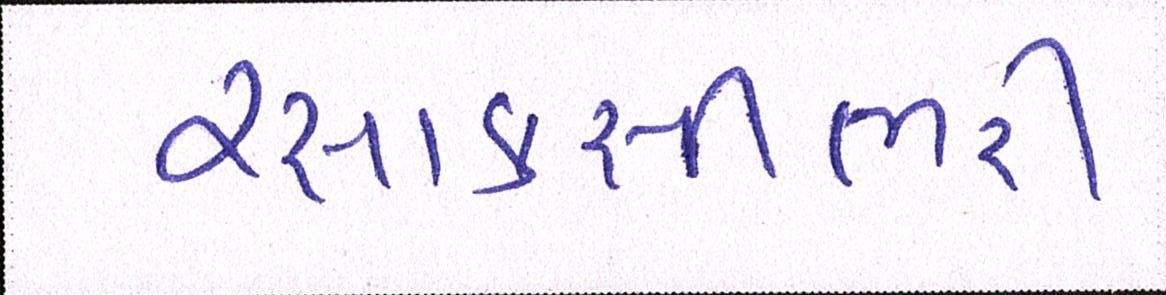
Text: રસાકસીભરી